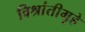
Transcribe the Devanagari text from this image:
विश्रांतीगृहे